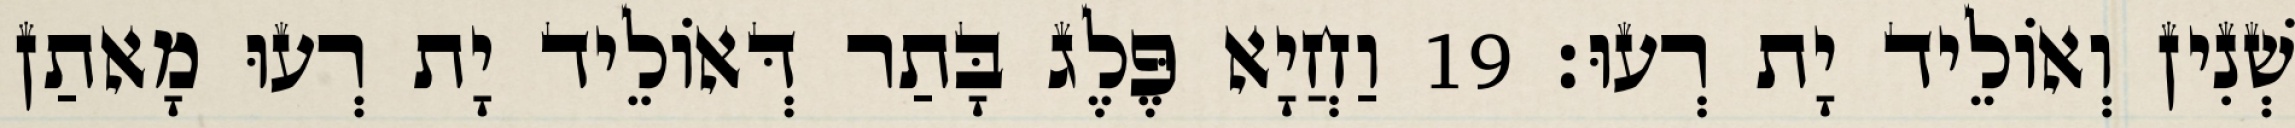
שְׁנִין וְאוֹלֵיד יָת רְעוּ׃ 19 וַחֲיָא פֶּלֶג בָּתַר דְּאוֹלֵיד יָת רְעוּ מָאתַן